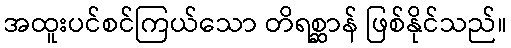
အထူးပင်စင်ကြယ်သော တိရစ္ဆာန် ဖြစ်နိုင်သည်။